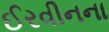
ઈરવીનના